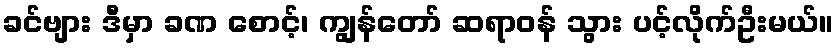
ခင်ဗျား ဒီမှာ ခဏ စောင့်၊ ကျွန်တော် ဆရာဝန် သွား ပင့်လိုက်ဦးမယ်။